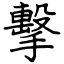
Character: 擊